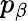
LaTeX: p_{\beta}